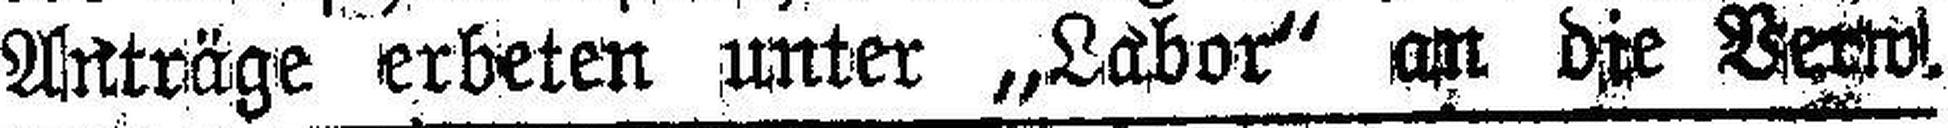
Anträge erbeten unter „Labor“ an die Verw.